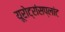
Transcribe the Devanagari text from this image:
यूरोट्रांसप्लांट